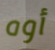
أوه